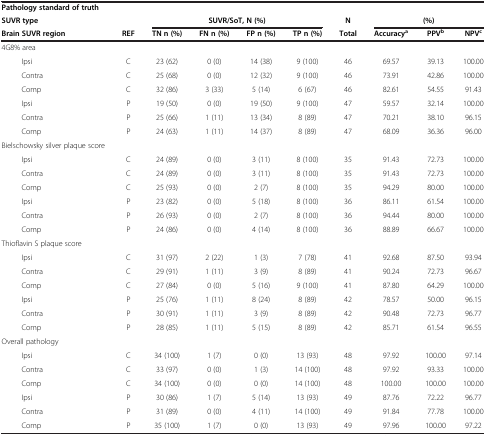
<table><thead><tr><td><b>Pathology standard of truth</b></td><td><b> </b></td><td><b> </b></td><td><b> </b></td><td><b> </b></td><td><b> </b></td><td><b> </b></td><td><b> </b></td><td><b> </b></td><td><b> </b></td></tr><tr><td><b>SUVR type</b></td><td><b> </b></td><td colspan="4"><b>SUVR/SoT, N (%)</b></td><td><b>N</b></td><td colspan="3"><b>(%)</b></td></tr><tr><td><b>Brain SUVR region</b></td><td><b>REF</b></td><td><b>TN n (%)</b></td><td><b>FN n (%)</b></td><td><b>FP n (%)</b></td><td><b>TP n (%)</b></td><td><b>Total</b></td><td><b>Accuracy<sup>a</sup></b></td><td><b>PPV<sup>b</sup></b></td><td><b>NPV<sup>c</sup></b></td></tr></thead><tbody><tr><td>4G8% area</td><td> </td><td> </td><td> </td><td> </td><td> </td><td> </td><td> </td><td> </td><td> </td></tr><tr><td>Ipsi</td><td>C</td><td>23 (62)</td><td>0 (0)</td><td>14 (38)</td><td>9 (100)</td><td>46</td><td>69.57</td><td>39.13</td><td>100.00</td></tr><tr><td>Contra</td><td>C</td><td>25 (68)</td><td>0 (0)</td><td>12 (32)</td><td>9 (100)</td><td>46</td><td>73.91</td><td>42.86</td><td>100.00</td></tr><tr><td>Comp</td><td>C</td><td>32 (86)</td><td>3 (33)</td><td>5 (14)</td><td>6 (67)</td><td>46</td><td>82.61</td><td>54.55</td><td>91.43</td></tr><tr><td>Ipsi</td><td>P</td><td>19 (50)</td><td>0 (0)</td><td>19 (50)</td><td>9 (100)</td><td>47</td><td>59.57</td><td>32.14</td><td>100.00</td></tr><tr><td>Contra</td><td>P</td><td>25 (66)</td><td>1 (11)</td><td>13 (34)</td><td>8 (89)</td><td>47</td><td>70.21</td><td>38.10</td><td>96.15</td></tr><tr><td>Comp</td><td>P</td><td>24 (63)</td><td>1 (11)</td><td>14 (37)</td><td>8 (89)</td><td>47</td><td>68.09</td><td>36.36</td><td>96.00</td></tr><tr><td>Bielschowsky silver plaque score</td><td> </td><td> </td><td> </td><td> </td><td> </td><td> </td><td> </td><td> </td><td> </td></tr><tr><td>Ipsi</td><td>C</td><td>24 (89)</td><td>0 (0)</td><td>3 (11)</td><td>8 (100)</td><td>35</td><td>91.43</td><td>72.73</td><td>100.00</td></tr><tr><td>Contra</td><td>C</td><td>24 (89)</td><td>0 (0)</td><td>3 (11)</td><td>8 (100)</td><td>35</td><td>91.43</td><td>72.73</td><td>100.00</td></tr><tr><td>Comp</td><td>C</td><td>25 (93)</td><td>0 (0)</td><td>2 (7)</td><td>8 (100)</td><td>35</td><td>94.29</td><td>80.00</td><td>100.00</td></tr><tr><td>Ipsi</td><td>P</td><td>23 (82)</td><td>0 (0)</td><td>5 (18)</td><td>8 (100)</td><td>36</td><td>86.11</td><td>61.54</td><td>100.00</td></tr><tr><td>Contra</td><td>P</td><td>26 (93)</td><td>0 (0)</td><td>2 (7)</td><td>8 (100)</td><td>36</td><td>94.44</td><td>80.00</td><td>100.00</td></tr><tr><td>Comp</td><td>P</td><td>24 (86)</td><td>0 (0)</td><td>4 (14)</td><td>8 (100)</td><td>36</td><td>88.89</td><td>66.67</td><td>100.00</td></tr><tr><td>Thioflavin S plaque score</td><td> </td><td> </td><td> </td><td> </td><td> </td><td> </td><td> </td><td> </td><td> </td></tr><tr><td>Ipsi</td><td>C</td><td>31 (97)</td><td>2 (22)</td><td>1 (3)</td><td>7 (78)</td><td>41</td><td>92.68</td><td>87.50</td><td>93.94</td></tr><tr><td>Contra</td><td>C</td><td>29 (91)</td><td>1 (11)</td><td>3 (9)</td><td>8 (89)</td><td>41</td><td>90.24</td><td>72.73</td><td>96.67</td></tr><tr><td>Comp</td><td>C</td><td>27 (84)</td><td>0 (0)</td><td>5 (16)</td><td>9 (100)</td><td>41</td><td>87.80</td><td>64.29</td><td>100.00</td></tr><tr><td>Ipsi</td><td>P</td><td>25 (76)</td><td>1 (11)</td><td>8 (24)</td><td>8 (89)</td><td>42</td><td>78.57</td><td>50.00</td><td>96.15</td></tr><tr><td>Contra</td><td>P</td><td>30 (91)</td><td>1 (11)</td><td>3 (9)</td><td>8 (89)</td><td>42</td><td>90.48</td><td>72.73</td><td>96.77</td></tr><tr><td>Comp</td><td>P</td><td>28 (85)</td><td>1 (11)</td><td>5 (15)</td><td>8 (89)</td><td>42</td><td>85.71</td><td>61.54</td><td>96.55</td></tr><tr><td>Overall pathology</td><td> </td><td> </td><td> </td><td> </td><td> </td><td> </td><td> </td><td> </td><td> </td></tr><tr><td>Ipsi</td><td>C</td><td>34 (100)</td><td>1 (7)</td><td>0 (0)</td><td>13 (93)</td><td>48</td><td>97.92</td><td>100.00</td><td>97.14</td></tr><tr><td>Contra</td><td>C</td><td>33 (97)</td><td>0 (0)</td><td>1 (3)</td><td>14 (100)</td><td>48</td><td>97.92</td><td>93.33</td><td>100.00</td></tr><tr><td>Comp</td><td>C</td><td>34 (100)</td><td>0 (0)</td><td>0 (0)</td><td>14 (100)</td><td>48</td><td>100.00</td><td>100.00</td><td>100.00</td></tr><tr><td>Ipsi</td><td>P</td><td>30 (86)</td><td>1 (7)</td><td>5 (14)</td><td>13 (93)</td><td>49</td><td>87.76</td><td>72.22</td><td>96.77</td></tr><tr><td>Contra</td><td>P</td><td>31 (89)</td><td>0 (0)</td><td>4 (11)</td><td>14 (100)</td><td>49</td><td>91.84</td><td>77.78</td><td>100.00</td></tr><tr><td>Comp</td><td>P</td><td>35 (100)</td><td>1 (7)</td><td>0 (0)</td><td>13 (93)</td><td>49</td><td>97.96</td><td>100.00</td><td>97.22</td></tr></tbody></table>